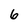
Character: 6